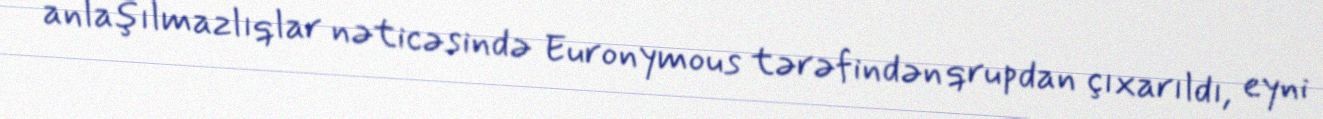
anlaşılmazlıqlar nəticəsində Euronymous tərəfindən qrupdan çıxarıldı, eyni